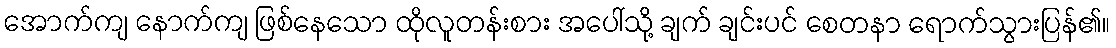
အောက်ကျ နောက်ကျ ဖြစ်နေသော ထိုလူတန်းစား အပေါ်သို့ ချက် ချင်းပင် စေတနာ ရောက်သွားပြန်၏။